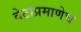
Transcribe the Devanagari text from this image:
बेटांप्रमाणेच